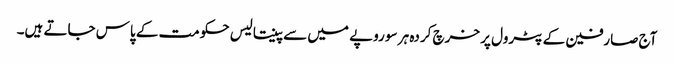
آج صارفین کے پٹرول پر خرچ کردہ ہر سو روپے میں سے پینتالیس حکومت کے پاس جاتے ہیں۔